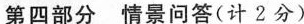
第四部分 情景问答(计2分)